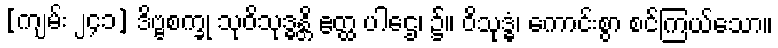
[ကျမ်း ၂၄၁] ဒိဗ္ဗစက္ခု သုဝိသုဒ္ဓန္တိ ဧတ္ထ ပါဌေ၊ ၌။ ဝိသုဒ္ဓံ၊ ကောင်းစွာ စင်ကြယ်သော။